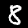
Digit: 8